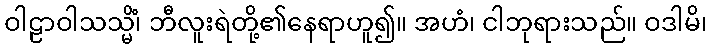
ဝါဠာဝါသသ္မိံ၊ ဘီလူးရဲတို့၏နေရာဟူ၍။ အဟံ၊ ငါဘုရားသည်။ ဝဒါမိ၊